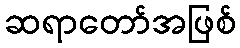
ဆရာတော်အဖြစ်